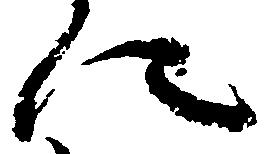
に